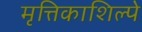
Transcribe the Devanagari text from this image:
मृत्तिकाशिल्पे